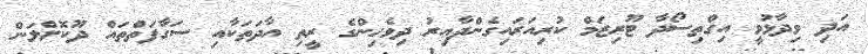
އަދި ވިދާޅުވީ އިގްތިސޯދާ ޓޫރިޒަމް ކުރިއަރައިގެންދާއިރު ދިވެހިންގެ ރީތި އާދަތަކާއި ސަގާފަތްތައް ދޫކޮށްލަން